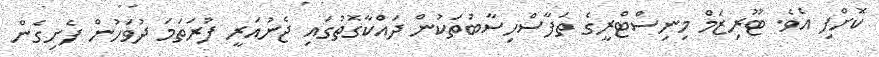
ކޮށްފި އެވެ. ޓޫރިޒަމް މިނިސްޓްރީގެ ތަފާސްހިސާބުތަކުން ދައްކާގޮތުގައި ޖެނުއަރީ ފުރަތަމަ ދުވަހުން ފެށިގެން